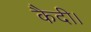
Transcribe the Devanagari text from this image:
कैदी।